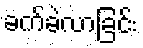
ခက်ခဲလာခြင်း